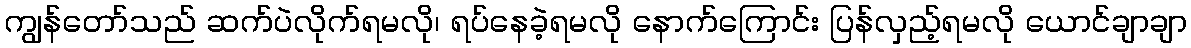
ကျွန်တော်သည် ဆက်ပဲလိုက်ရမလို၊ ရပ်နေခဲ့ရမလို နောက်ကြောင်း ပြန်လှည့်ရမလို ယောင်ချာချာ